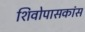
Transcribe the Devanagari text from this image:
शिवोपासकांस